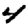
Digit: 4